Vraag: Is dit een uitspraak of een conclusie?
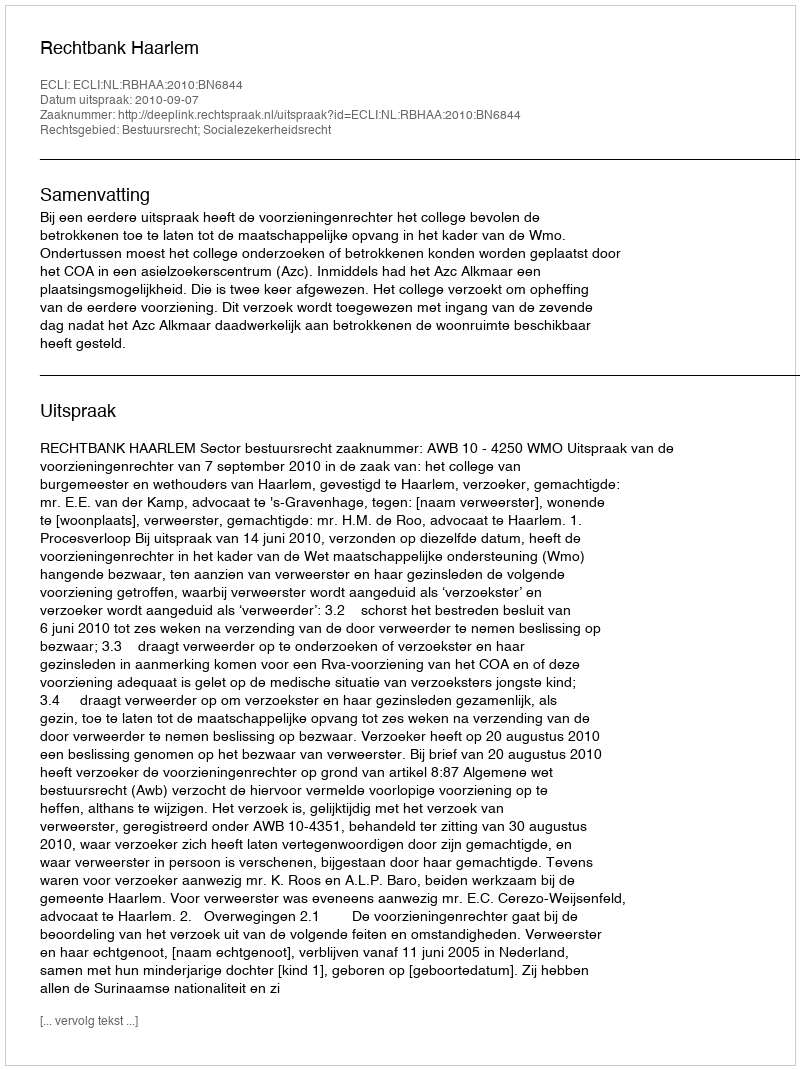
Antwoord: Uitspraak